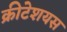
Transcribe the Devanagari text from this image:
क्रीटेशयस